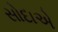
સોદાએ